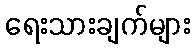
ရေးသားချက်များ